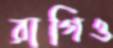
রাগিও